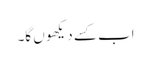
اب کسے دیکھو ں گا۔